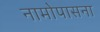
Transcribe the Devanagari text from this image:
नामोपासना